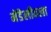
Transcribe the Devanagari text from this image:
मेंडेलीवला